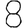
Digit: 8